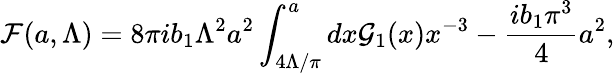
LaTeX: {\cal F}(a,\Lambda)={8\pi ib_{1}}\Lambda^{2}a^{2}\int_{4\Lambda/\pi}^{a}dx{\cal G}_{1}(x)x^{-3}-{\frac{ib_{1}\pi^{3}}{4}}a^{2},